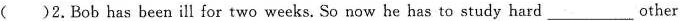
( )2.Bob has been ill for two weeks. So now he has to study hard___other